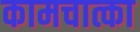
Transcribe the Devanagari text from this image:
कामचात्का